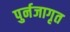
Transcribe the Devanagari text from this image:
पुर्नजागृत